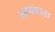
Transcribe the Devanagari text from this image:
आयएएस